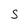
Character: S